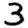
Digit: 3